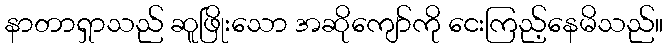
နာတာရှာသည် ဆူဖြိုးသော အဆိုကျော်ကို ငေးကြည့်နေမိသည်။